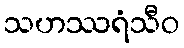
သဟဿရံသီဝ